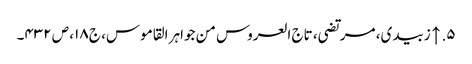
۵. ↑ زبیدی، مرتضی، تاج العروس من جواہر القاموس، ج ۱۸، ص ۴۳۲۔